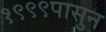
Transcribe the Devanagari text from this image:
१९९९पासुन